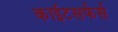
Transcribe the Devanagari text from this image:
काईटसर्फर्स